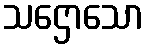
သဌောသော